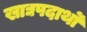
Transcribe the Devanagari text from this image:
खाद्यपदार्थो